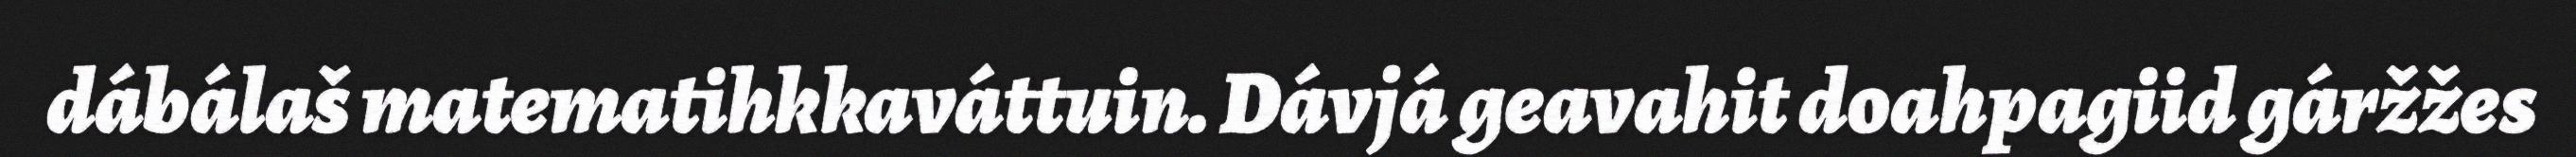
dábálaš matematihkkaváttuin. Dávjá geavahit doahpagiid gáržžes